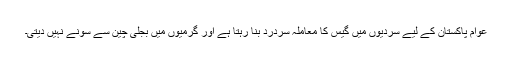
عوام پاکستان کے لیے سردیوں میں گیس کا معاملہ سردرد بنا رہتا ہے اور گرمیوں میں بجلی چین سے سونے نہیں دیتی۔